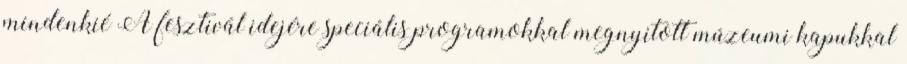
mindenkié A fesztivál idejére speciális programokkal megnyitott múzeumi kapukkal